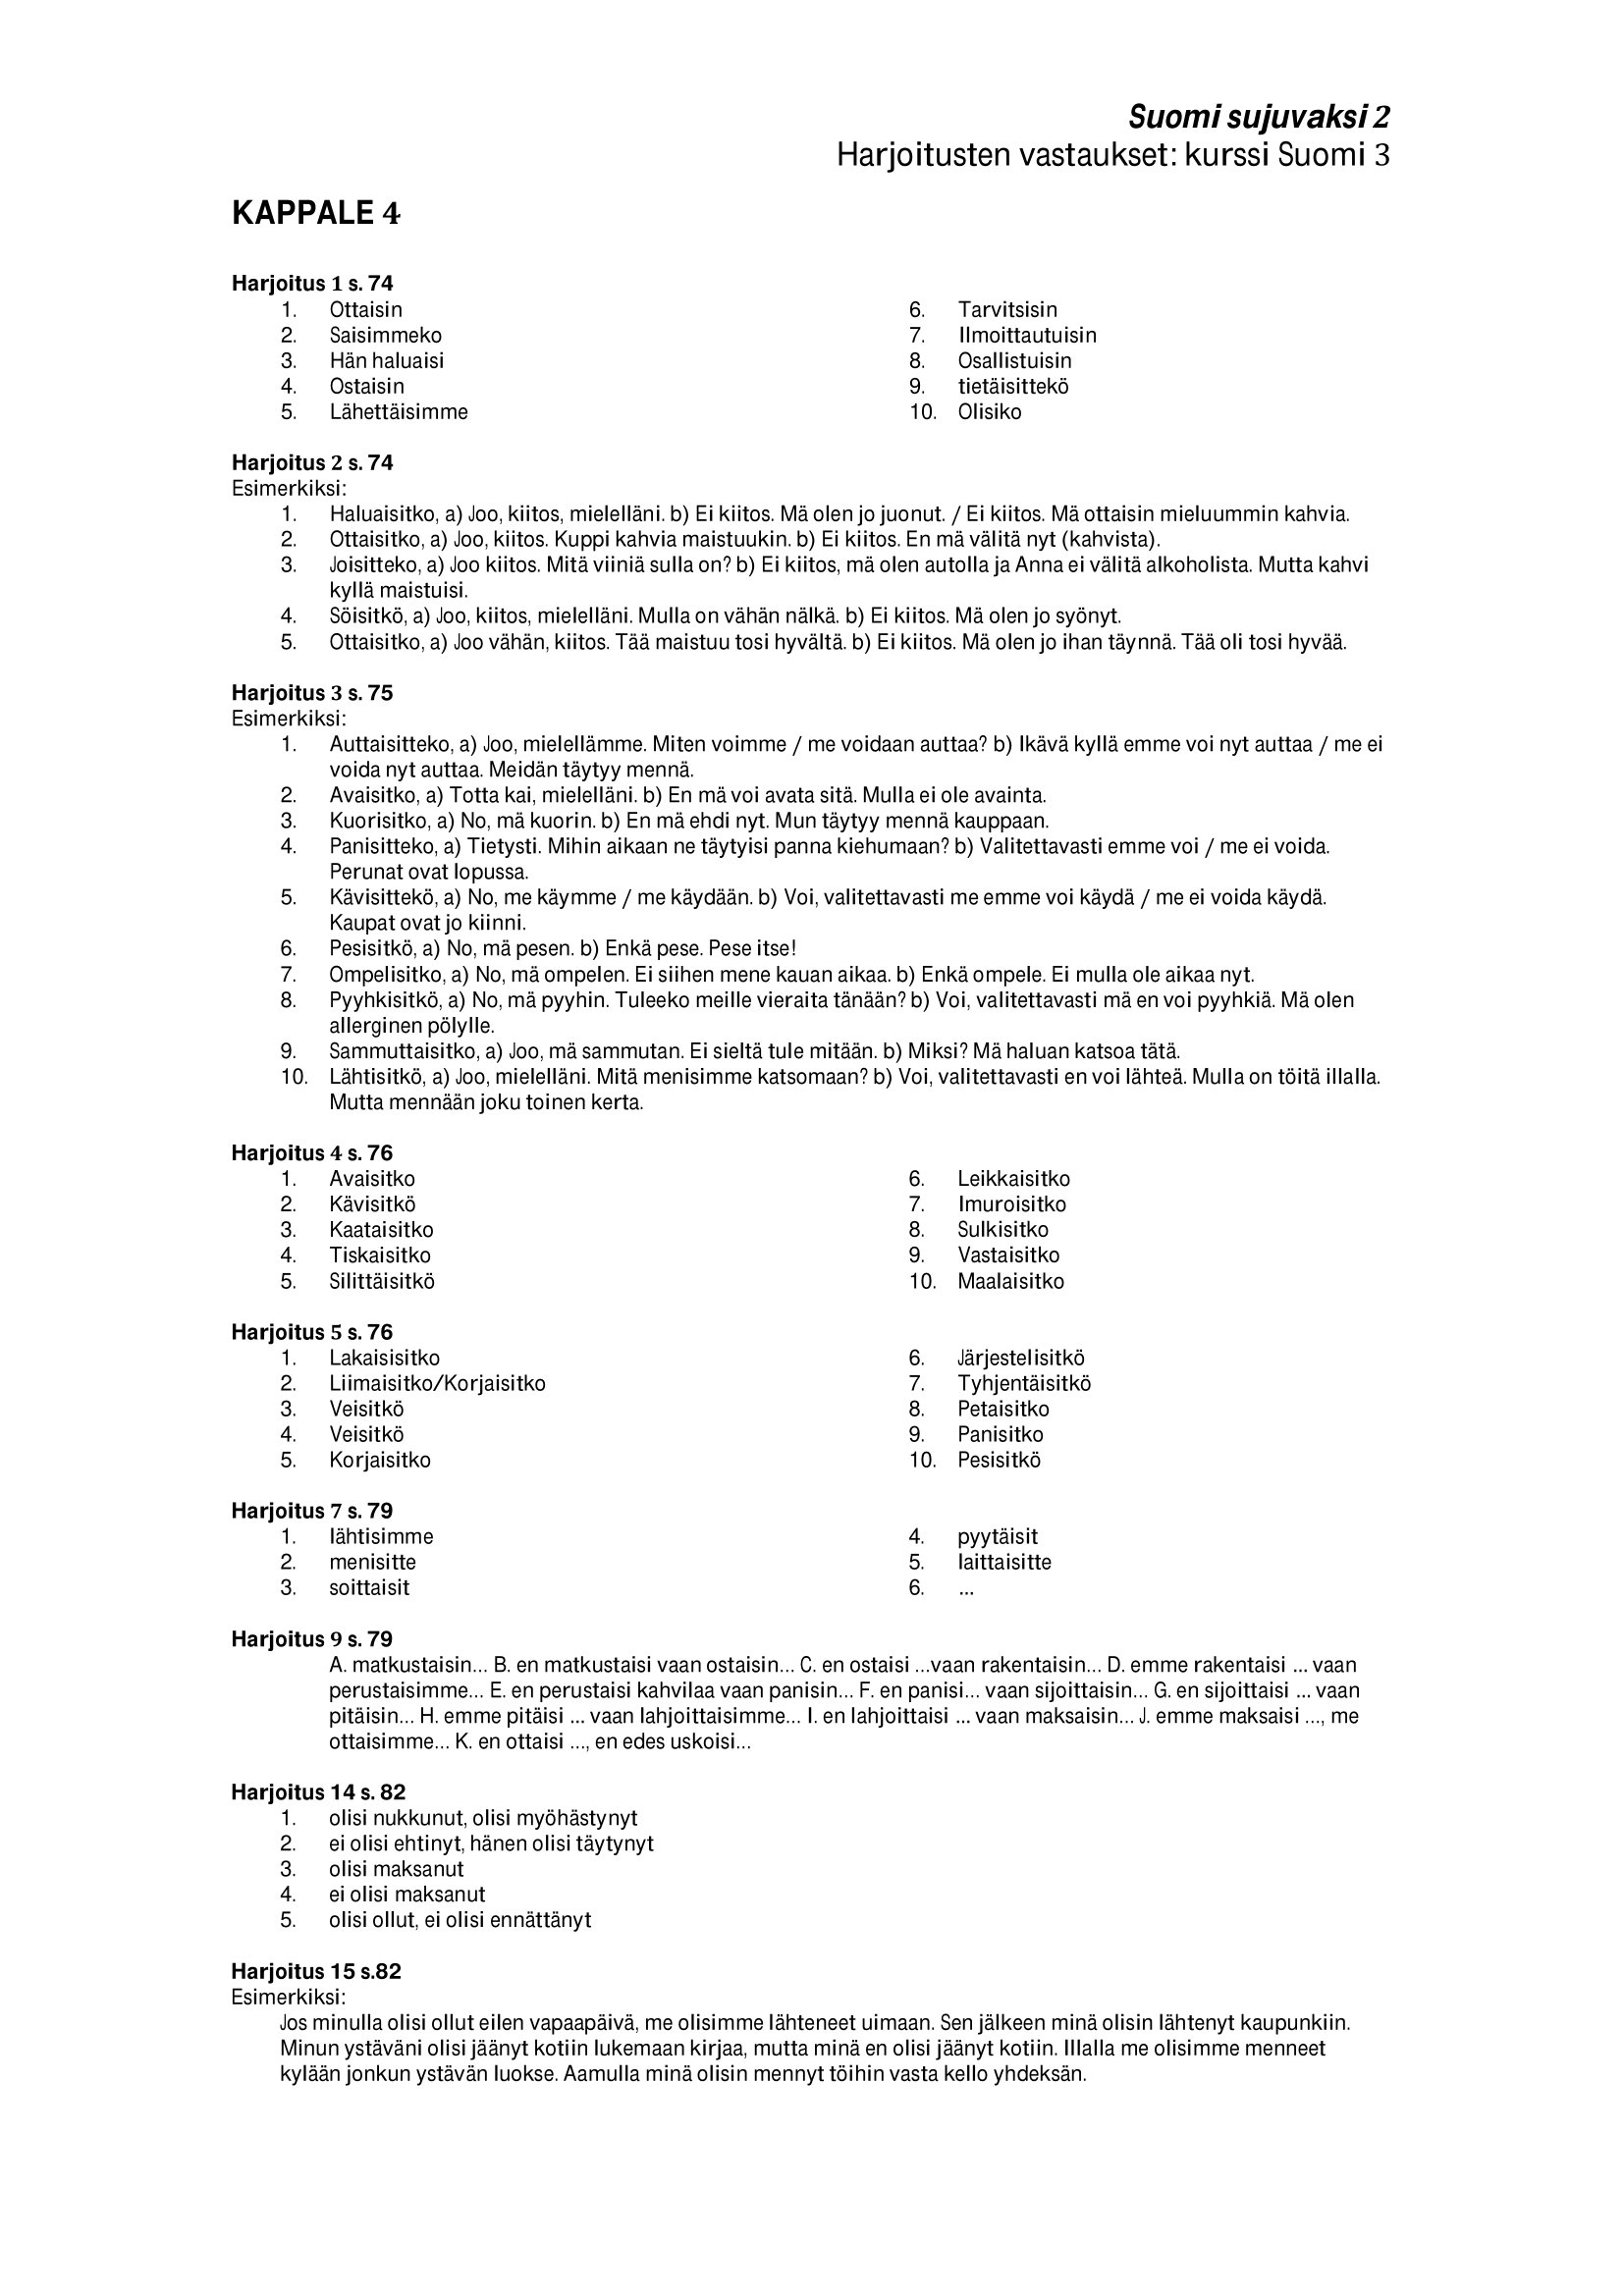
Language: fn